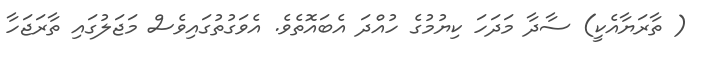
( ތާރަޔާއެކީ) ސާދާ މަދަހަ ކިޔުމުގެ ހުއްދަ އެބައޮތެވެ. އެވަގުތުގައިވެސް މަޖަލުގައި ތާރަޖަހާ